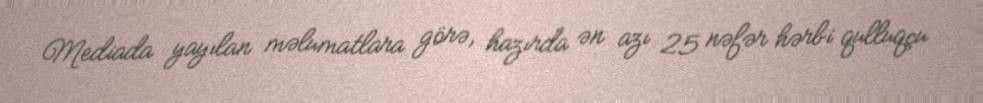
Mediada yayılan məlumatlara görə, hazırda ən azı 25 nəfər hərbi qulluqçu